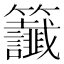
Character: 𫂰